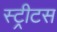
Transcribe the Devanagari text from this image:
स्ट्रीटस